Scottish Leaving Certificate Examination, 1953
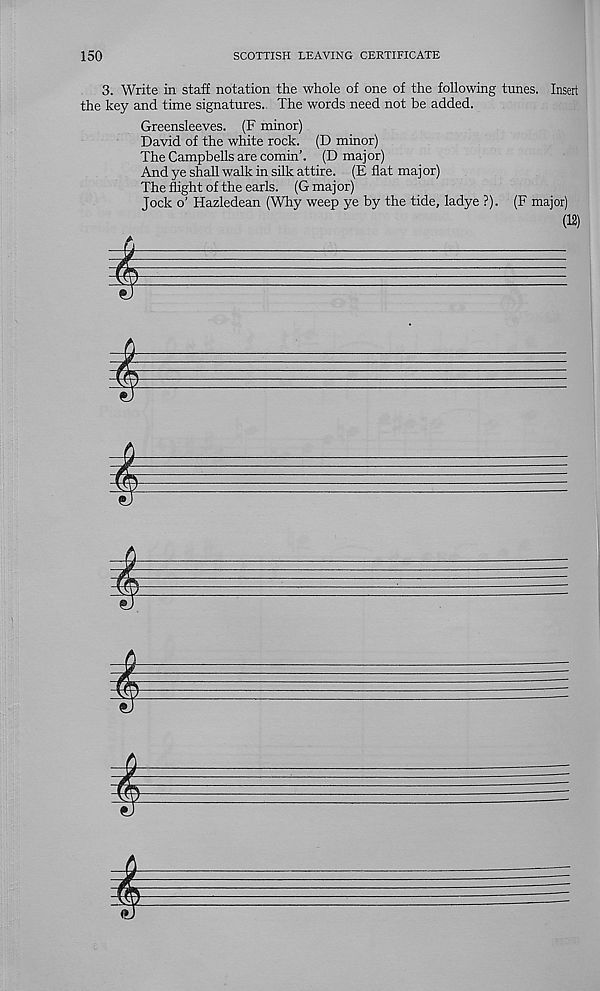
150
SCOTTISH LEAVING CERTIFICATE
3. Write in staff notation the whole of one of the following tunes. Insert
the key and time signatures.. The words need not be added.
Greensleeves. (F minor)
David of the white rock. (D minor)
The Campbells are cornin’. (D major)
And ye shall walk in silk attire. (E flat maj or)
The flight of the earls. (G maj or)
Jock o’ Hazledean (Why weep ye by the tide, ladye ?). (F major)
(12)
I
^